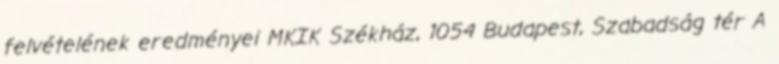
felvételének eredményei MKIK Székház, 1054 Budapest, Szabadság tér A